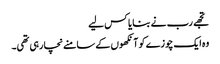
تجھے رب نے بنایا کس لیے
وہ ایک چوزے کو آنکھوں کے سامنے نچا رہی تھی۔